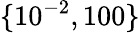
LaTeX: \lbrace 10^{-2},100\rbrace